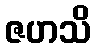
ဇဟသိ